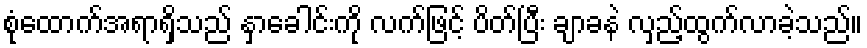
စုံထောက်အရာရှိသည် နှာခေါင်းကို လက်ဖြင့် ပိတ်ပြီး ချာခနဲ လှည့်ထွက်လာခဲ့သည်။